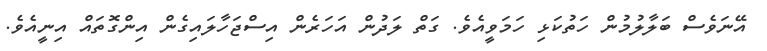
އޭނަވެސް ބަލާލުމުން ހަތުކަޅި ހަމަވީއެވެ. ގަތް ލަދުން އަހަރެން އިސްޖަހާލައިގެން އިންގޮތައް އިނީއެވެ.